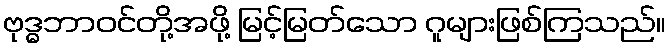
ဗုဒ္ဓဘာဝင်တို့အဖို့ မြင့်မြတ်သော ဂူများဖြစ်ကြသည်။